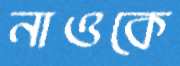
নাওকে